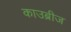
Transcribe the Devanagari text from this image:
काउब्रीज